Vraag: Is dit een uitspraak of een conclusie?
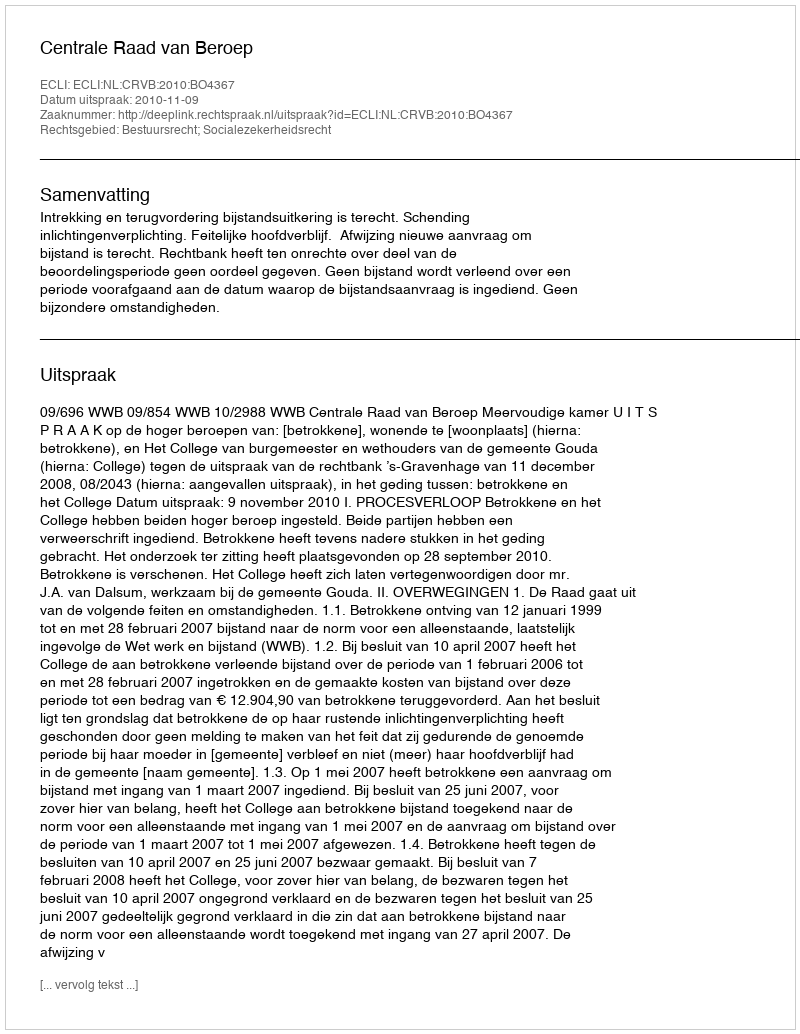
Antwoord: Uitspraak